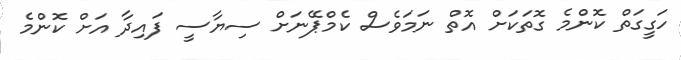
ހަގީގަތް ކޮންމެ ގޮތަކަށް އޮތް ނަމަވެސް ކެމްޕޭނަށް ސިޔާސީ ފައިދާ އަށް ކޮންމެ